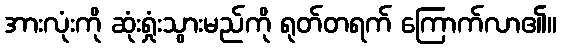
အားလုံးကို ဆုံးရှုံးသွားမည်ကို ရုတ်တရက် ကြောက်လာ၏။